画像に写った文字を読んでください
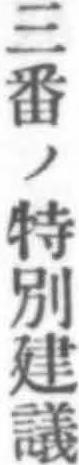
「三番ノ特別建議」と書いてあります